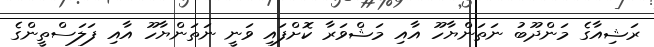
ރަޝިއާގެ މަންދޫބު ނަތަންޔާހޫ އާއި މަޝްވަރާ ކޮށްފައި ވަނީ ނަތަންޔާހޫ އާއި ފަލަސްތީންގެ